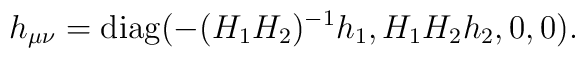
h_{\mu\nu}= {\rm diag}(- (H_1H_2)^{-1} h_1, H_1H_2 h_2, 0, 0).